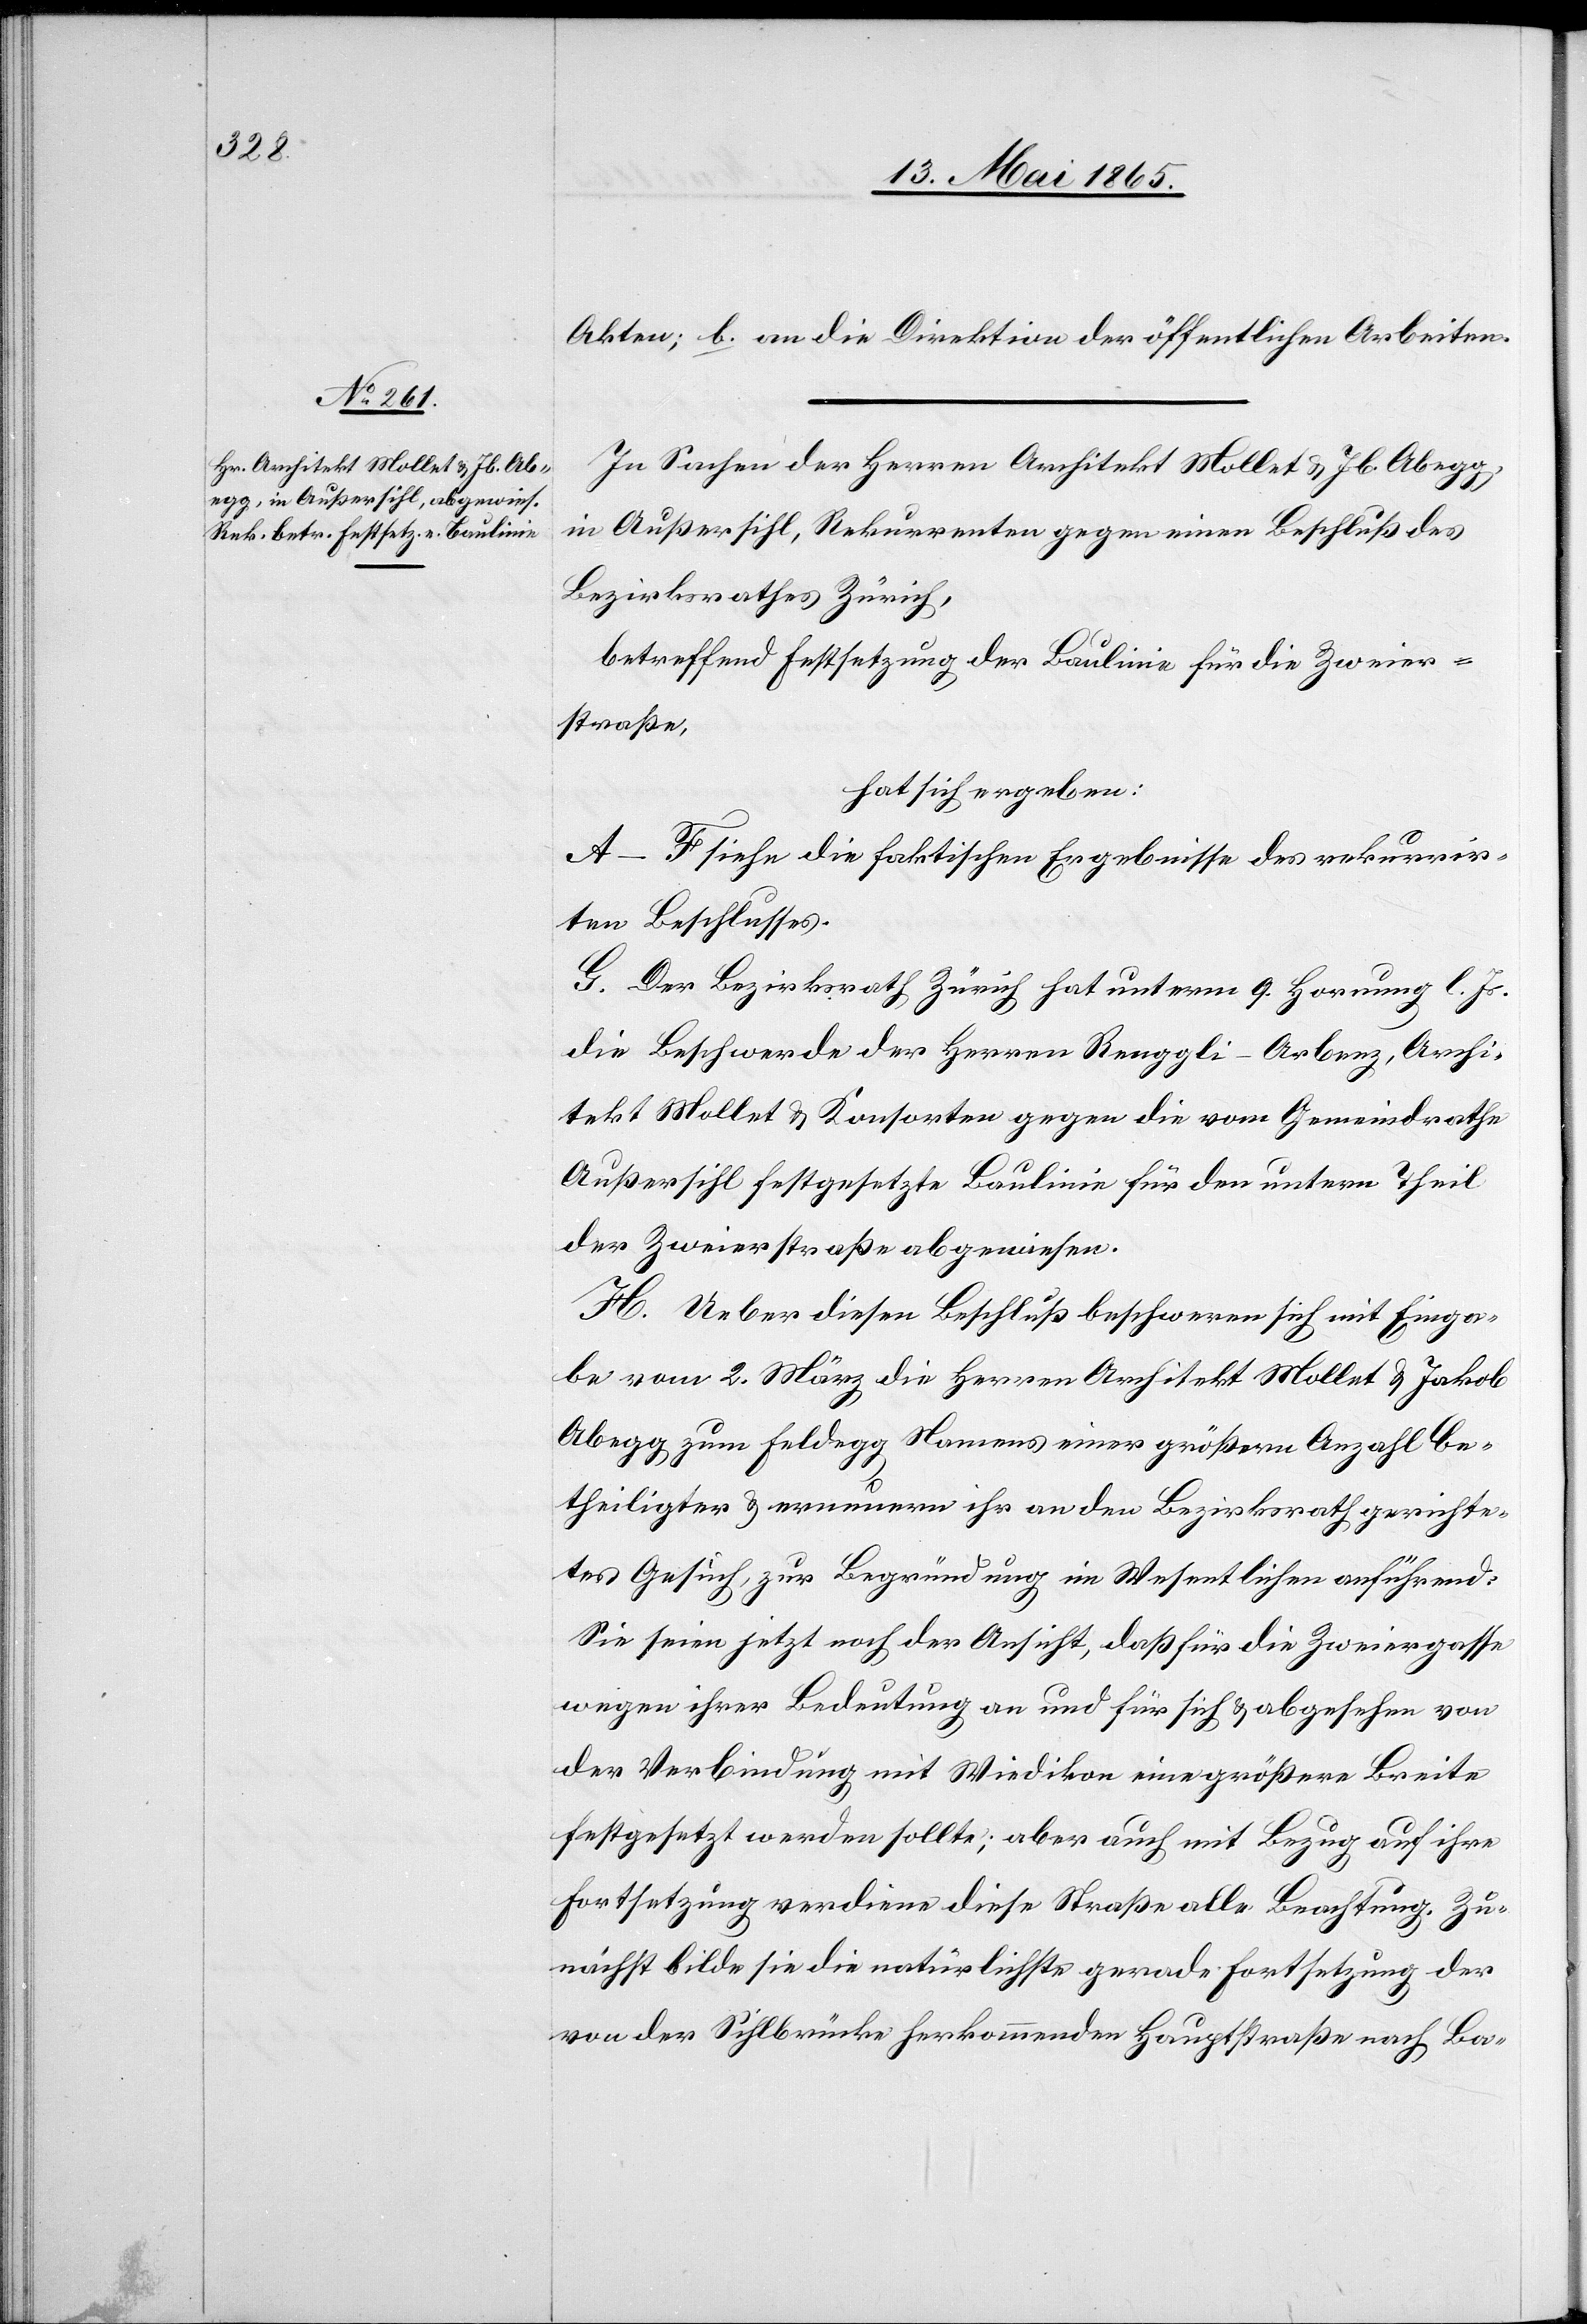
Akten; b. an die Direktion der öffentlichen Arbeiten.
In Sachen der Herren Architekt Mollet & Jb. Abegg,
in Außersihl, Rekurrenten gegen einen Beschluß des
Bezirksrathes Zürich,
betreffend Festsetzung der Baulinie für die Zweier¬
straße,
hat sich ergeben:
A–F siehe die faktischen Ergebnisse des rekurrir¬
ten Beschlusses.
G. Der Bezirksrath Zürich hat unterm 9. Hornung l. Js.
die Beschwerde der Herren Renggli-Arbenz, Archi¬
tekt Mollet & Konsorten gegen die vom Gemeindrathe
Außersihl festgesetzte Baulinie für den untern Theil
der Zweierstraße abgewiesen.
H. Ueber diesen Beschluß beschweren sich mit Einga¬
be vom 2. März die Herren Architekt Mollet & Jakob
Abegg zum Feldegg Namens einer größern Anzahl be¬
theiligter & erneuern ihr an den Bezirksrath gerichte¬
tes Gesuch, zur Begründung im Wesentlichen anführend:
Sie seien jetzt noch der Ansicht, daß für die Zweiergasse
wegen ihrer Bedeutung an und für sich & abgesehen von
der Verbindung mit Wiedikon eine größere Breite
festgesetzt werden sollte; aber auch mit Bezug auf ihre
Fortsetzung verdiene diese Straße alle Beachtung. Zu¬
nächst bilde sie die natürlichste gerade Fortsetzung der
von der Sihlbrücke herkommenden Hauptstraße nach Ba-